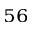
^ { 5 6 }